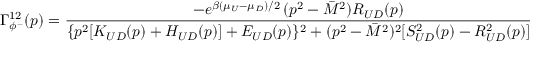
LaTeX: \Gamma _ { \phi ^ { - } } ^ { 1 2 } ( p ) = \frac { - e ^ { \beta ( \mu _ { U } - \mu _ { D } ) / 2 } \, ( p ^ { 2 } - \bar { M } ^ { 2 } ) R _ { U D } ( p ) } { \{ p ^ { 2 } [ K _ { U D } ( p ) + H _ { U D } ( p ) ] + E _ { U D } ( p ) \} ^ { 2 } + ( p ^ { 2 } - \bar { M } ^ { 2 } ) ^ { 2 } [ S _ { U D } ^ { 2 } ( p ) - R _ { U D } ^ { 2 } ( p ) ] } = e ^ { \beta ( \mu _ { U } - \mu _ { D } ) } \, \Gamma _ { \phi ^ { - } } ^ { 2 1 } ( p )